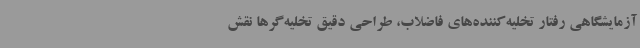
آزمایشگاهی رفتار تخلیه‌کننده‌های فاضلاب‌، طراحی دقیق تخلیه‌گرها نقش